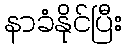
နာခံနိုင်ပြီး